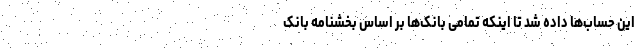
این حساب‌ها داده شد تا اینکه تمامی بانک‌ها بر اساس بخشنامه‌ بانک‌